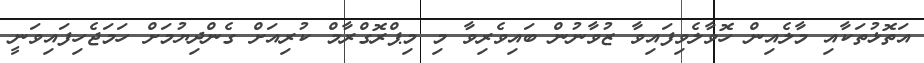
އަތޮޅުތަކާއި މާލެއިން ހޮވާލެވިފައިވާ ޒުވާނުން ބައިވެރިވާ މި މިޕްރޮގްރާމް ކުރިއަށް ގެންދިޔުމަށް ހަމަޖެހިފައިވަނީ